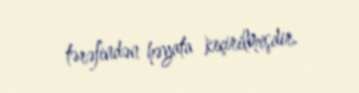
tərəfindən həyata keçirilmişdir.